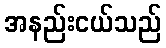
အနည်းငယ်သည်